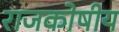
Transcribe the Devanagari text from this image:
राजकोषीय